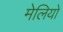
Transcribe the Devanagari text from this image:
मेलियो